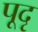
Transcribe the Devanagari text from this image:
पूदृ